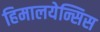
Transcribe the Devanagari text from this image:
हिमालयेन्सिस